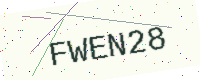
Text: FWEN28